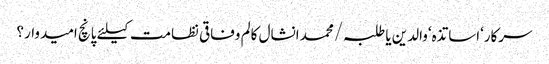
سرکار‘اساتذہ‘والدین یا طلبہ/محمد انشال	کالم	وفاقی نظامت کیلئے پانچ امیدوار؟